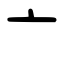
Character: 亠